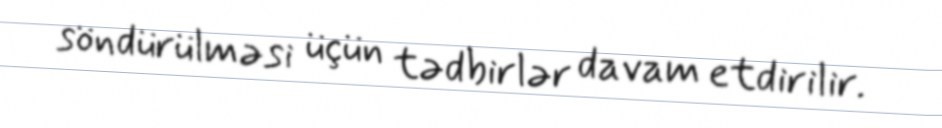
söndürülməsi üçün tədbirlər davam etdirilir.